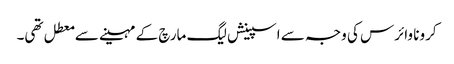
کرونا وائرس کی وجہ سے اسپینش لیگ مارچ کے مہینے سے معطل تھی۔